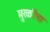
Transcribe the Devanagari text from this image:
मुरळींचा